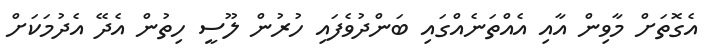
އެގޮތަށް މާވިން އާއި އެއްތަނެއްގައި ބަންދުވެފައި ހުރުން ލޫސީ ހިތުން އެދޭ އެދުމަކަށް